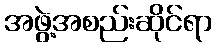
အဖွဲ့အစည်းဆိုင်ရာ